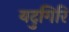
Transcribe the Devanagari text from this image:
यदुगिरि